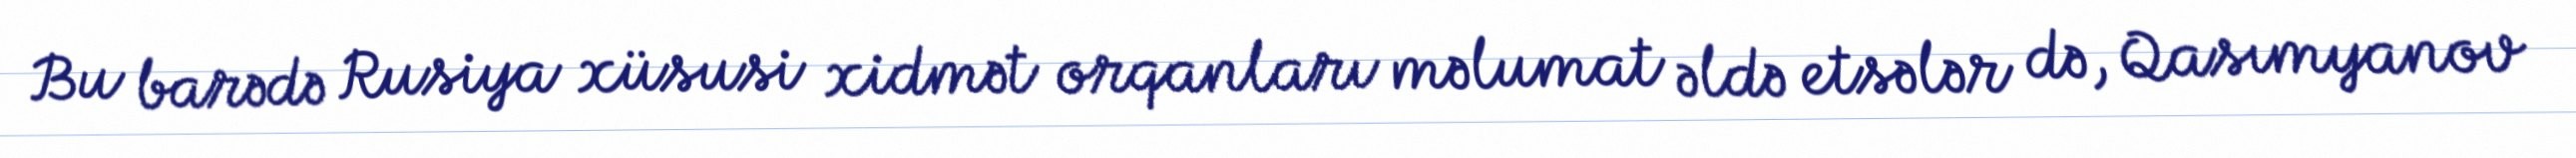
Bu barədə Rusiya xüsusi xidmət orqanları məlumat əldə etsələr də, Qasımyanov